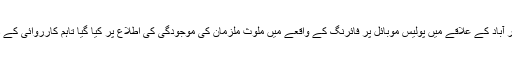
پولیس ذرائع کے مطابق سرچ آپریشن گذشتہ شب پیر آباد کے علاقے میں پولیس موبائل پر فائرنگ کے واقعے میں ملوث ملزمان کی موجودگی کی اطلاع پر کیا گیا تاہم کارروائی کے دوران پولیس کوئی اہم کامیابی حاصل نہیں کرسکی۔